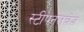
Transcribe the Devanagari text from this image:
स्टीपनलचेज़